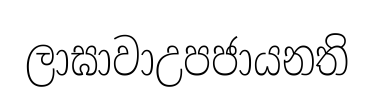
ලාඝාවාඋපජායනති